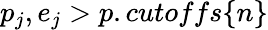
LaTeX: p_{j},e_{j}>p.cutoffs\{ n\}